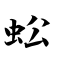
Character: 蚣